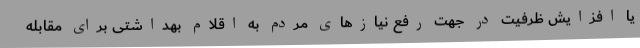
یا افزایش ظرفیت در جهت رفع نیازهای مردم به اقلام بهداشتی برای مقابله